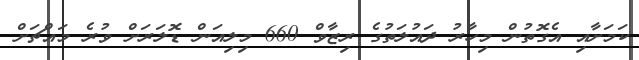
ކަމަށާއި އެގޮތުން މިހާރު ދައުލަތުގެ ރިޒާވް 660 މިލިއަން ޑޮލަރަށް ވުރެ މައްޗަށް